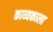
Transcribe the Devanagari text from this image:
काव्यकाला